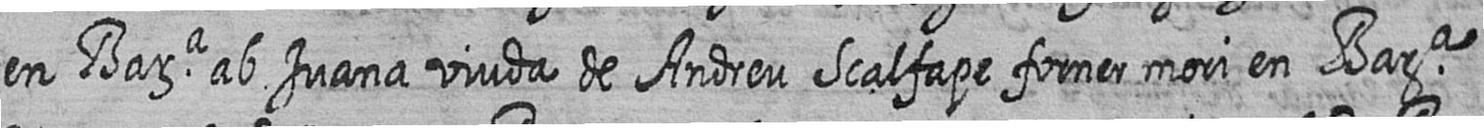
en Bara ab Juana viuda de Andreu Scalfape forner mori en Bara